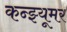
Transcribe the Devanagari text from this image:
कन्झ्यूमर